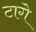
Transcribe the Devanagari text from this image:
टागे